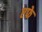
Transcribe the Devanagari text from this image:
एफे